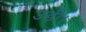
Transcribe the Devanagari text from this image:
उड़ी।